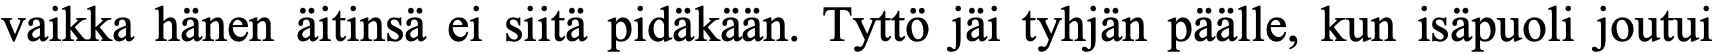
vaikka hänen äitinsä ei siitä pidäkään. Tyttö jäi tyhjän päälle, kun isäpuoli joutui